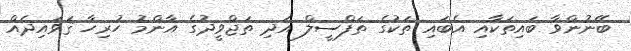
ބޭނުންވާ ބައިތަކާއި އެބައި ތަކުގެ ތަފްސީލް އަދި ތަޖްވީދުގެ އާންމު ހުރިހާ ޤަވައިދެއް